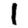
Digit: 1